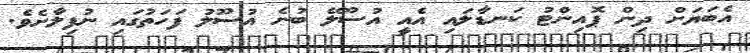
އެބަޔަށް ދިން ޕޮއިންޓު ކަނޑާލައި އެއީ އުސޫލޭ ބުނެ އުސޫލު ފަހަތުގައި ނުފިލާށެވެ.